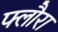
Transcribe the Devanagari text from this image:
फ्लौरा